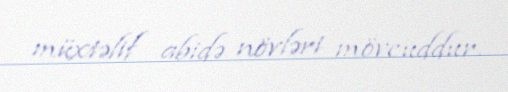
müxtəlif abidə növləri mövcuddur.